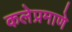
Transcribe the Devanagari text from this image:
कलेप्रमाणे